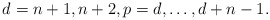
\begin{align*}d=n+1,n+2, p=d, \dots , d+n-1.\end{align*}